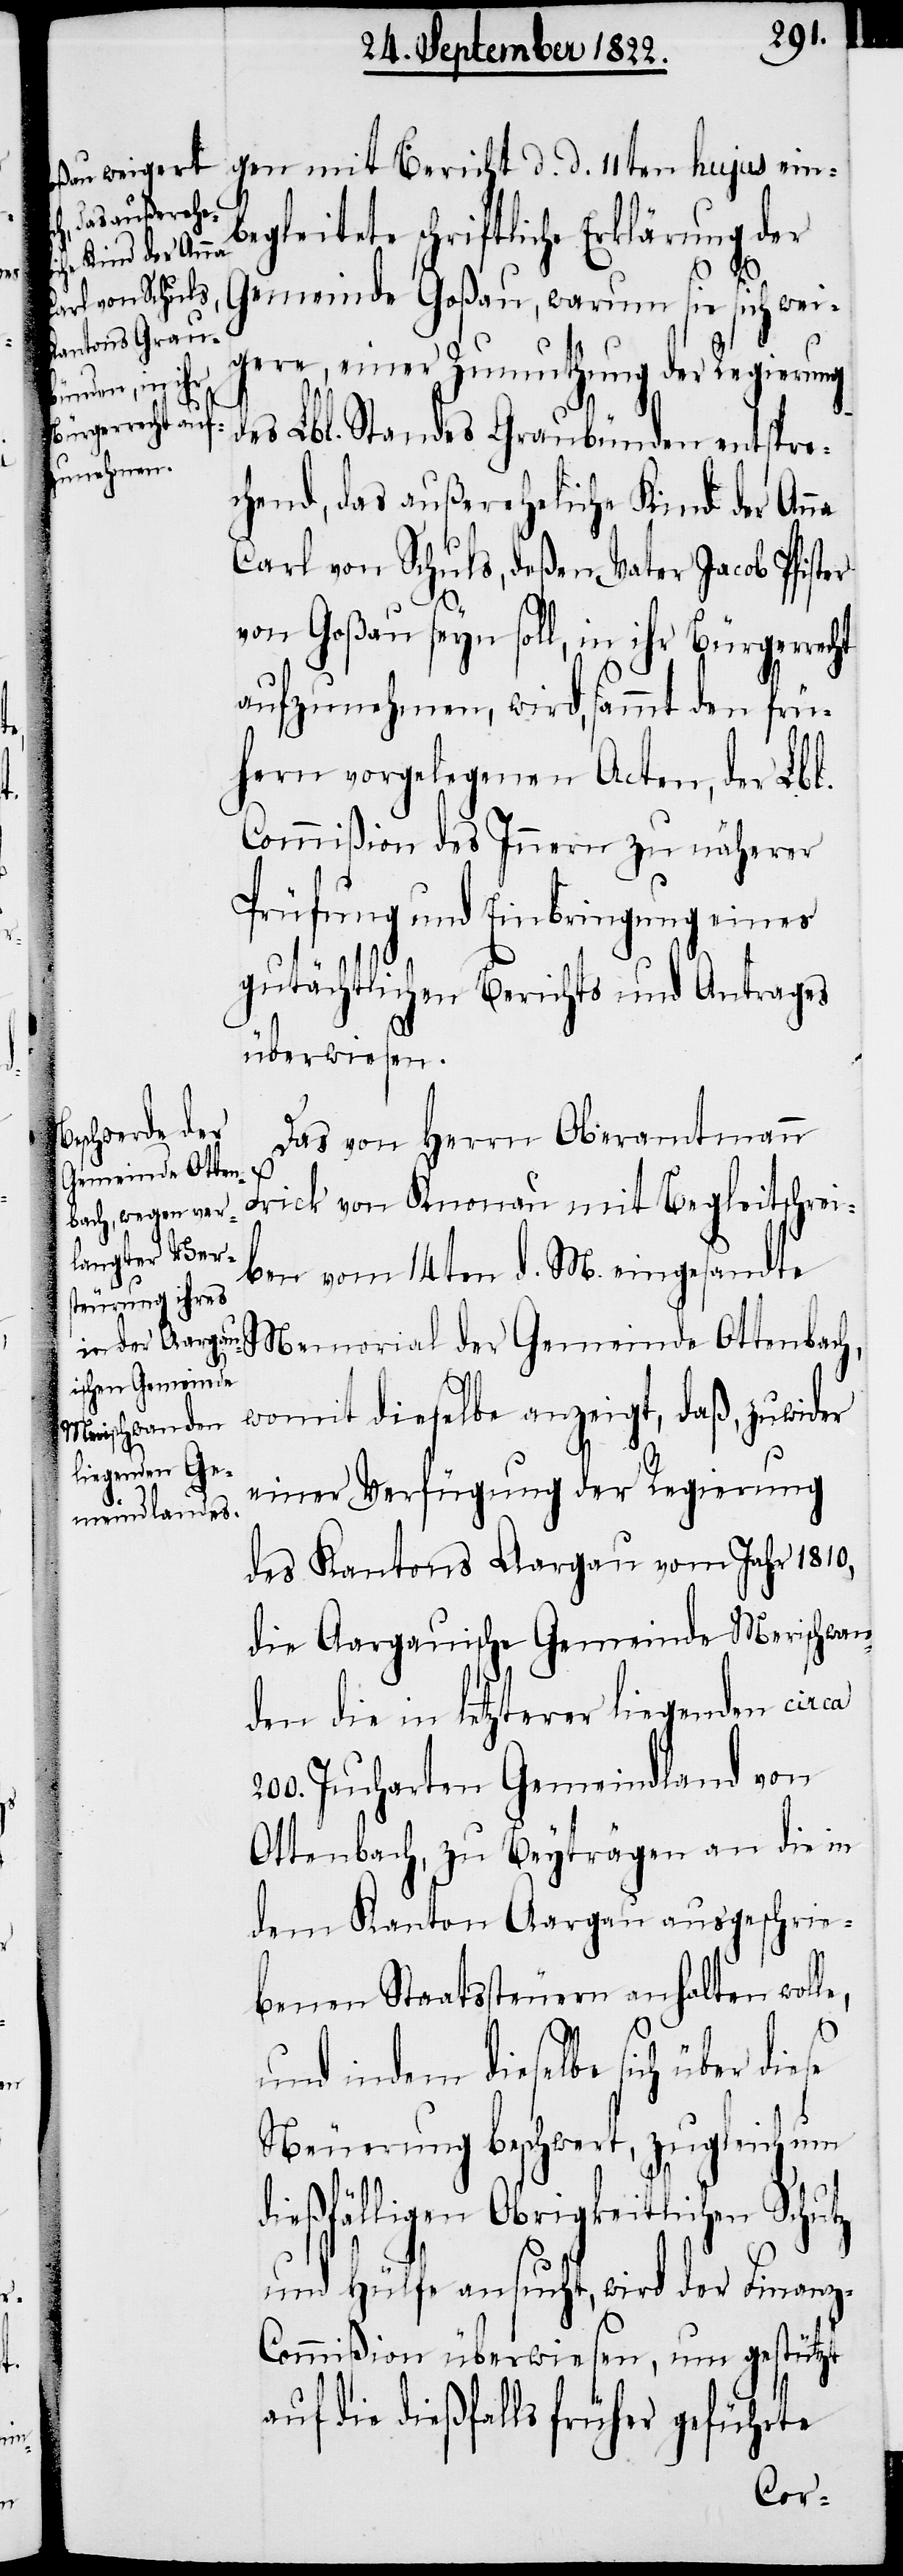
mit Bericht d. d. 11ten hujus ein¬
begleitete schriftliche Erklärung der
Gemeinde Goßau, warum sie sich wei¬
gere, einer Zumuthung der Regierung
des Lbl. Standes Graubünden entspre¬
chend, das außereheliche Kind der An¬
Carl von Schuls, deßen Vater Jacob Pfister
von Goßau seyn soll, in ihr Bürgerrecht
aufzunehmen, wird, sammt den frü¬
hern vorgelegenen Acten, der Lbl.
Commißion des Innern zu näherer
Prüfung und Einbringung eines
gutächtlichen Berichts und Antrags
überwiesen.
Das von dem Herrn Oberamtmann
Frick von Knonau mit Begleitschrei¬
ben vom 14ten d. M. eingesandte
Memorial der Gemeinde Ottenbac¬
h,
womit dieselbe anzeigt, daß, zuwider
einer Verfügung der Regierung
des Kantons Aargau vom Jahr 1810,
die Aargauische Gemeinde Merischwan¬
den die in letzterer liegenden circa
200. Jucharten Gemeindland von
Ottenbach, zu Beyträgen an die in
dem Kanton Aargau ausgeschrie¬
benen Staatssteuern anhalten woll¬
e,
und indem dieselbe sich
Neuerung beschwert, zugleich um
dießfälligen Obrigkeitlichen Schutz
und Hülfe ansucht, wird der Finanz-C¬
ommißion überwiesen, um gestützt
auf die dießfalls früher geführte